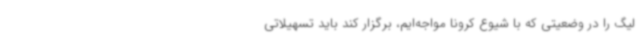
لیگ را در وضعیتی که با شیوع کرونا مواجه‌ایم، برگزار کند باید تسهیلاتی